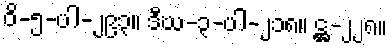
ဝိ-၅-ပါ-၂၉၃။ ဒီဃ-၃-ပါ-၂၁၈။ ဋ္ဌ-၂၂၈။